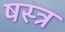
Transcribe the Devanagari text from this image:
षस्त्र